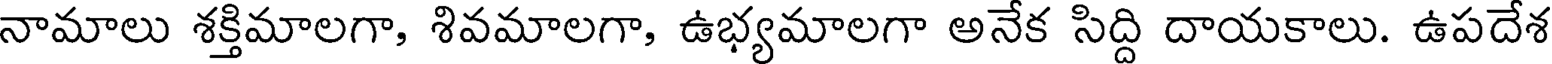
నామాలు శక్తిమాలగా, శివమాలగా, ఉభ్యమాలగా అనేక సిద్ది దాయకాలు. ఉపదేశ